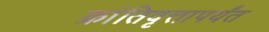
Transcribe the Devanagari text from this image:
क्रांतिवृत्तापर्यंत